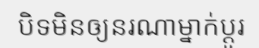
បិទមិនឲ្យនរណាម្នាក់ប្តូរ